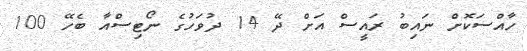
ހާއްސަކޮށް ނައިބު ރައީސް އަށް ދޭ 14 ދުވަހުގެ ނޯޓިސްއާ ބެހޭ 100